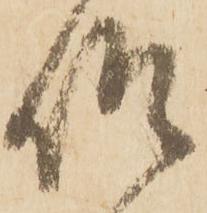
仰